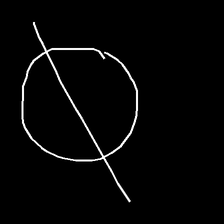
Glyph: orb